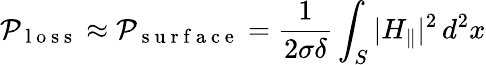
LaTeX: \mathcal{P}_{\mathrm{{~l~o~s~s~}}}\approx\mathcal{P}_{\mathrm{{~s~u~r~f~a~c~e~}}}=\frac{{1}}{{2\sigma\delta}}\int_{S}|H_{\parallel}|^{2}\, d^{2}x